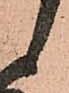
候